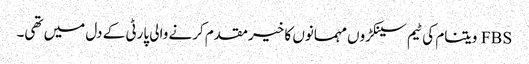
FBS ویتنام کی ٹیم سینکڑوں مہمانوں کا خیرمقدم کرنے والی پارٹی کے دل میں تھی۔